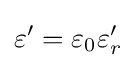
\varepsilon '=\varepsilon _{0}\varepsilon '_{r}